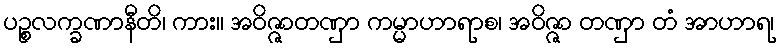
ပဉ္စလက္ခဏာနီတိ၊ ကား။ အဝိဇ္ဇာတဏှာ ကမ္မာဟာရာစ၊ အဝိဇ္ဇာ တဏှာ တံ အာဟာရ၊